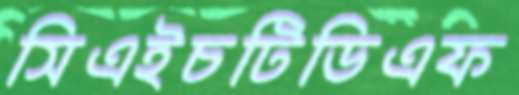
সিএইচটিডিএফ